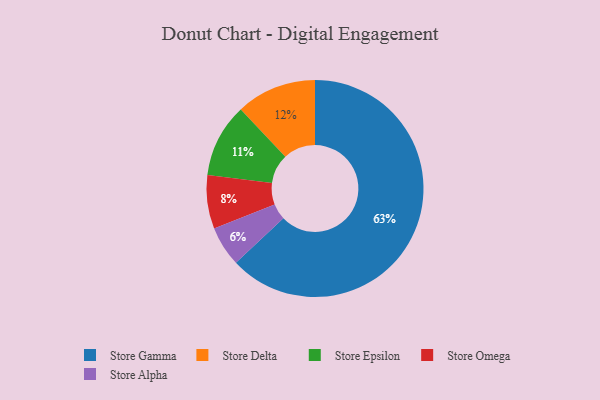
{"axis": {"x": "Category", "y": "Percentage"}, "legend": ["Store Alpha", "Store Delta", "Store Epsilon", "Store Gamma", "Store Omega"], "data": [{"x": "Store Omega", "y": 8, "type": "Store Omega"}, {"x": "Store Delta", "y": 12, "type": "Store Delta"}, {"x": "Store Alpha", "y": 6, "type": "Store Alpha"}, {"x": "Store Gamma", "y": 63, "type": "Store Gamma"}, {"x": "Store Epsilon", "y": 11, "type": "Store Epsilon"}]}